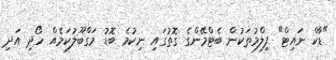
"ޑާކް ނައިޓް" ފިލްމުތަކުން ބެޓްމޭންގެ ގޮތުގައި ނިކުމެ ބޮޑު މަގްބޫލުކަމެއް ހޯދި އަދި